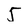
Character: 5